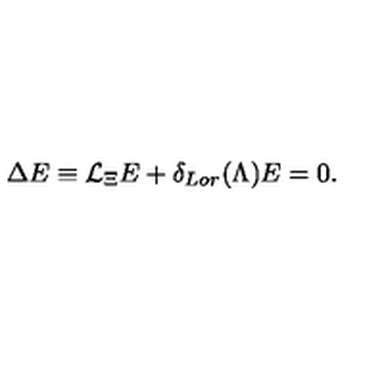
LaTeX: \Delta E \equiv { \cal L } _ { \Xi } E + \delta _ { L o r } ( \Lambda ) E = 0 .